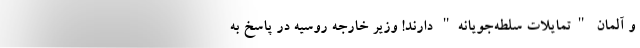
و آلمان "تمایلات سلطه‌جویانه" دارند! وزیر خارجه روسیه در پاسخ به